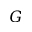
G